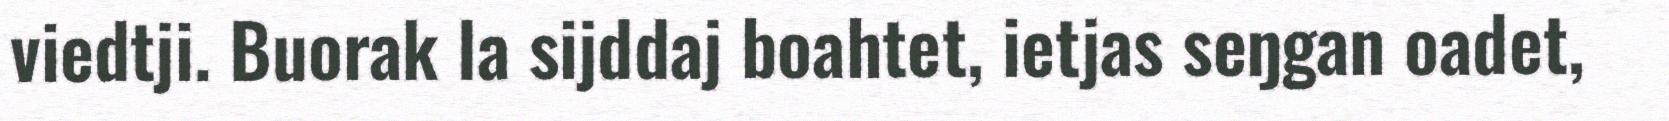
viedtji. Buorak la sijddaj boahtet, ietjas seŋgan oadet,